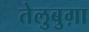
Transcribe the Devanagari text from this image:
तेलुबुग़ा